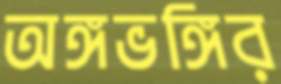
অঙ্গভঙ্গির